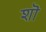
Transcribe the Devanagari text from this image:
शॊ